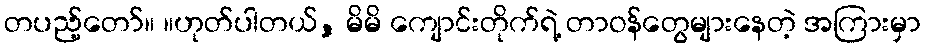
တပည့်တော်။ ။ဟုတ်ပါတယ်, မိမိ ကျောင်းတိုက်ရဲ့ တာဝန်တွေများနေတဲ့ အကြားမှာ